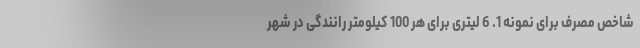
شاخص مصرف برای نمونه 1. 6 لیتری برای هر 100 کیلومتر رانندگی در شهر